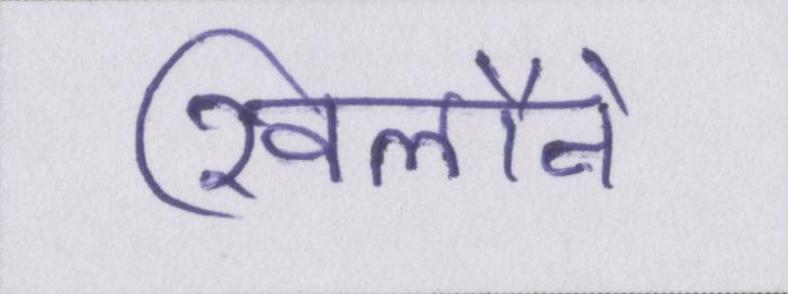
खिलौने